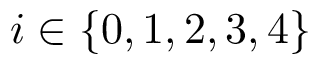
i \in \{ 0 , 1 , 2 , 3 , 4 \}